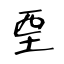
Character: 垔